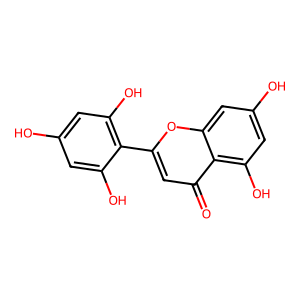
SMILES: O=c1cc(-c2c(O)cc(O)cc2O)oc2cc(O)cc(O)c12
Inhibits HIV replication: No